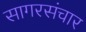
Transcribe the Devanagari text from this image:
सागरसंचार